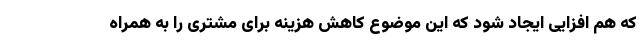
که هم افزایی ایجاد شود که این موضوع کاهش هزینه برای مشتری را به همراه